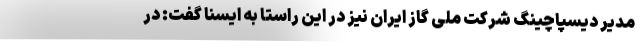
مدیر دیسپاچینگ شرکت ملی گاز ایران نیز در این راستا به ایسنا گفت: در